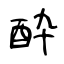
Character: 酔